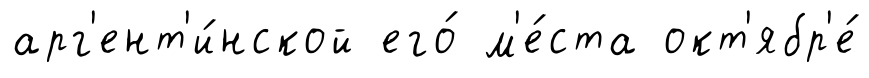
арг'ент'и́нской его́ м'е́ста окт'ябр'е́